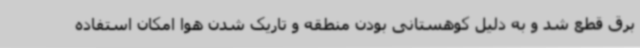
برق قطع شد و به دلیل کوهستانی بودن منطقه و تاریک شدن هوا امکان استفاده